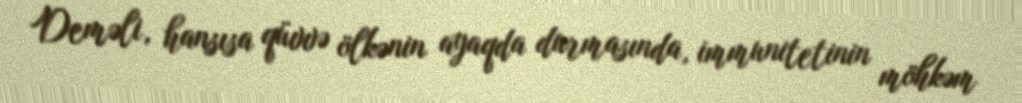
Deməli, hansısa qüvvə ölkənin ayaqda durmasında, immunitetinin möhkəm